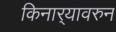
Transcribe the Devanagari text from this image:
किनार्‍यावरुन